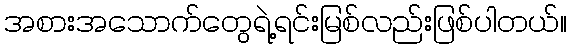
အစားအသောက်တွေရဲ့ရင်းမြစ်လည်းဖြစ်ပါတယ်။